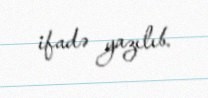
ifadə yazılıb.